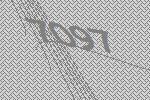
7097